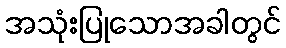
အသုံးပြုသောအခါတွင်